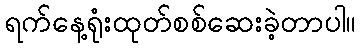
ရက်နေ့ရုံးထုတ်စစ်ဆေးခဲ့တာပါ။